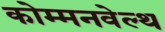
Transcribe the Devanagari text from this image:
कोम्मनवेल्थ